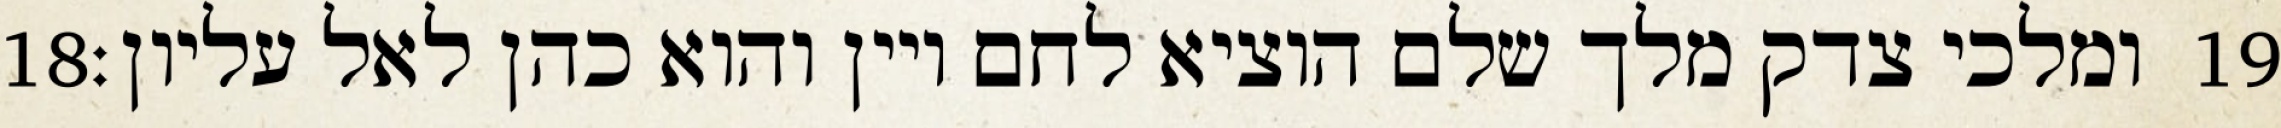
‎18‏ ומלכי צדק מלך שלם הוציא לחם ויין והוא כהן לאל עליון׃ ‎19‏